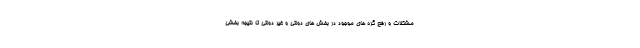
مشکلات و رفع گره های موجود در بخش های دولتی و غیر دولتی تا نتیجه بخشی